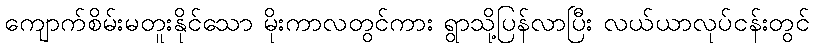
ကျောက်စိမ်းမတူးနိုင်သော မိုးကာလတွင်ကား ရွာသို့ပြန်လာပြီး လယ်ယာလုပ်ငန်းတွင်